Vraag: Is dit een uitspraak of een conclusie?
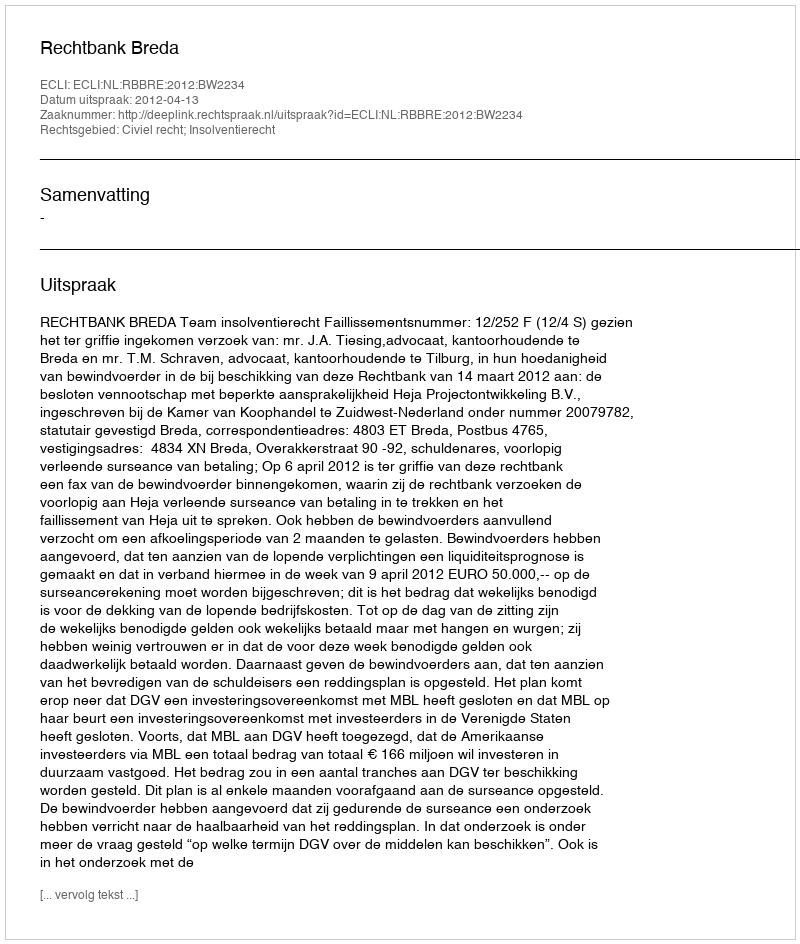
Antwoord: Uitspraak